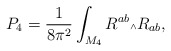
\begin{align*}P_4 = \frac{1}{8\pi^2}\int_{M_4}R^{ab}{\mbox{\tiny $\wedge$}}R_{ab},\end{align*}